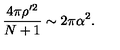
\frac { 4 \pi \rho ^ { \prime 2 } } { N + 1 } \sim 2 \pi \alpha ^ { 2 } .